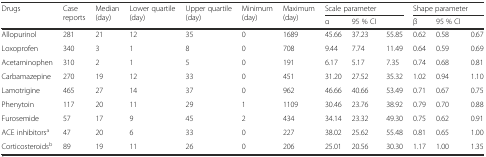
<table><thead><tr><td rowspan="2"><b>Drugs</b></td><td rowspan="2"><b>Case reports</b></td><td rowspan="2"><b>Median (day)</b></td><td rowspan="2"><b>Lower quartile (day)</b></td><td rowspan="2"><b>Upper quartile (day)</b></td><td rowspan="2"><b>Minimum (day)</b></td><td rowspan="2"><b>Maximum (day)</b></td><td colspan="3"><b>Scale parameter</b></td><td colspan="3"><b>Shape parameter</b></td></tr><tr><td><b>α</b></td><td><b>95 % CI</b></td><td></td><td><b>β</b></td><td><b>95 % CI</b></td><td></td></tr></thead><tbody><tr><td>Allopurinol</td><td>281</td><td>21</td><td>12</td><td>35</td><td>0</td><td>1689</td><td>45.66</td><td>37.23</td><td>55.85</td><td>0.62</td><td>0.58</td><td>0.67</td></tr><tr><td>Loxoprofen</td><td>340</td><td>3</td><td>1</td><td>8</td><td>0</td><td>708</td><td>9.44</td><td>7.74</td><td>11.49</td><td>0.64</td><td>0.59</td><td>0.69</td></tr><tr><td>Acetaminophen</td><td>310</td><td>2</td><td>1</td><td>5</td><td>0</td><td>191</td><td>6.17</td><td>5.17</td><td>7.35</td><td>0.74</td><td>0.68</td><td>0.81</td></tr><tr><td>Carbamazepine</td><td>270</td><td>19</td><td>12</td><td>33</td><td>0</td><td>451</td><td>31.20</td><td>27.52</td><td>35.32</td><td>1.02</td><td>0.94</td><td>1.10</td></tr><tr><td>Lamotrigine</td><td>465</td><td>27</td><td>14</td><td>37</td><td>0</td><td>962</td><td>46.66</td><td>40.66</td><td>53.49</td><td>0.71</td><td>0.67</td><td>0.75</td></tr><tr><td>Phenytoin</td><td>117</td><td>20</td><td>11</td><td>29</td><td>1</td><td>1109</td><td>30.46</td><td>23.76</td><td>38.92</td><td>0.79</td><td>0.70</td><td>0.88</td></tr><tr><td>Furosemide</td><td>57</td><td>17</td><td>9</td><td>45</td><td>2</td><td>434</td><td>34.14</td><td>23.32</td><td>49.30</td><td>0.75</td><td>0.62</td><td>0.91</td></tr><tr><td>ACE inhibitors<sup>a</sup></td><td>47</td><td>20</td><td>6</td><td>33</td><td>0</td><td>227</td><td>38.02</td><td>25.62</td><td>55.48</td><td>0.81</td><td>0.65</td><td>1.00</td></tr><tr><td>Corticosteroids<sup>b</sup></td><td>89</td><td>19</td><td>11</td><td>26</td><td>0</td><td>206</td><td>25.01</td><td>20.56</td><td>30.30</td><td>1.17</td><td>1.00</td><td>1.35</td></tr></tbody></table>